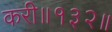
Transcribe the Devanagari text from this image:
करी॥१३२॥